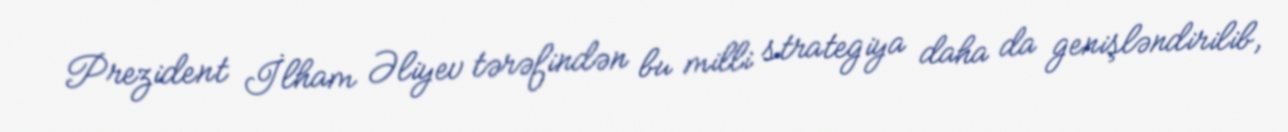
Prezident İlham Əliyev tərəfindən bu milli strategiya daha da genişləndirilib,